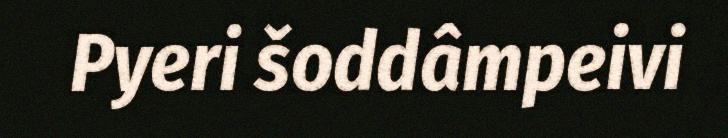
Pyeri šoddâmpeivi